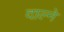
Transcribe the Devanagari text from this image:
दाल्ने